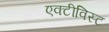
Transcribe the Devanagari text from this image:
एक्टीविस्ट